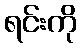
ရင်းကို